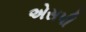
એસપી